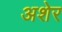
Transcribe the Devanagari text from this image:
अशेर